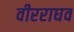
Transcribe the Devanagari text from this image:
वीरराघव